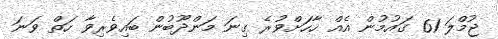
ޖުމްލަ 61 ގައުމުން އެއް ހާހަށްވުރެ ގިނަ މަންދޫބުން ބައިވެރިވާ ހަތް ވަނަ